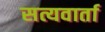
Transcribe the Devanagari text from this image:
सत्यवार्ता